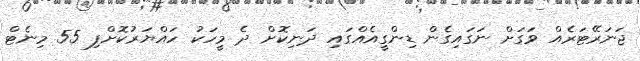
ޖަނަރޭޓަރެއް ވަގަށް ނަގައިގެން ޑިންގީއެއްގައި ދަނިކޮށް ދެ މީހަކު ހައްޔަރުކޮށްފި 55 މިނެޓް